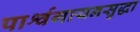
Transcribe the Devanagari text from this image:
पार्श्वगायनसुद्धा